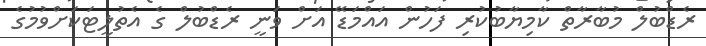
ރެޑްބުލް މުބާރާތް ކާމިޔާބުކުރި ފަހުން އައްމަޑޭ އަށް ވަނީ ރެޑްބުލް ގެ އެތުލީޓަކަށްވުމުގެ